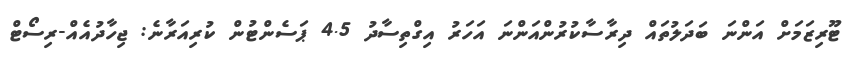
ޓޫރިޒަމަށް އަންނަ ބަދަލުތައް ދިރާސާކުރުންއަންނަ އަހަރު އިގްތިސާދު 4.5 ޕަސެންޓުން ކުރިއަރާނެ: ޖިހާދުއެއް-ރިސޯޓް